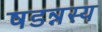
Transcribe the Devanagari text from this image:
षडन्नस्य